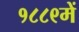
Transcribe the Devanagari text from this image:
१८८९में